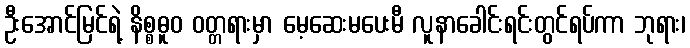
ဦးအောင်မြင်ရဲ့ နိစ္စဓူဝ ဝတ္တရားမှာ မေ့ဆေးမပေးမီ လူနာခေါင်းရင်းတွင်ရပ်ကာ ဘုရား၊